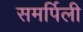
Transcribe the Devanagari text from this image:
समर्पिली